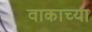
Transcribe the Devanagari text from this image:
वाकाच्या